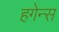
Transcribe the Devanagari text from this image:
हगेन्स